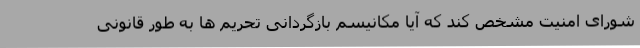
شورای امنیت مشخص کند که آیا مکانیسم بازگردانی تحریم ها به طور قانونی